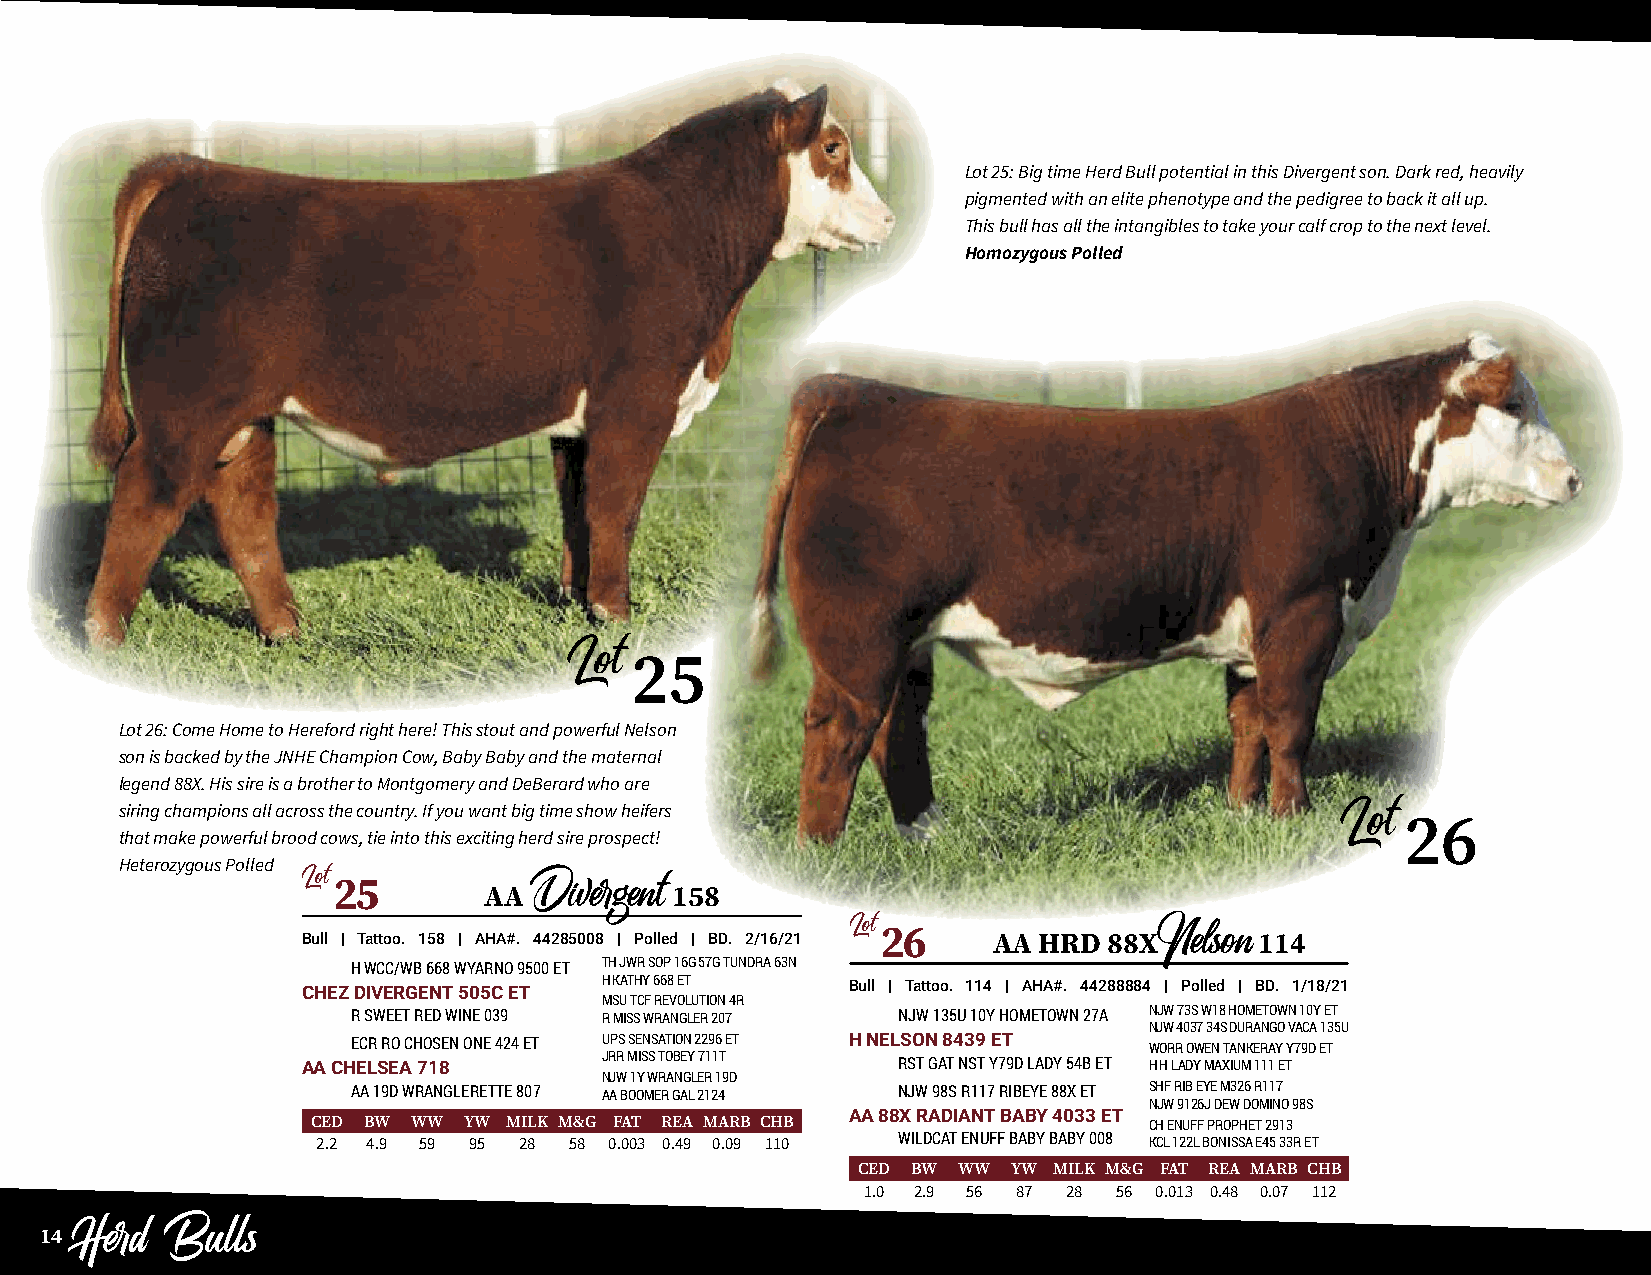
Lot 25: Big time Herd Bull potential in this Divergent son. Dark red, heavily
 pigmented with an elite phenotype and the pedigree to back it all up.
 This bull has all the intangibles to take your calf crop to the next level.
 Homozygous Polled
 25
 Lot
 Lot 26: Come Home to Hereford right here! This stout and powerful Nelson
 son is backed by the JNHE Champion Cow, Baby Baby and the maternal
 legend 88X. His sire is a brother to Montgomery and DeBerard who are
 siring champions all across the country. If you want big time show heifers
 26
 that make powerful brood cows, tie into this exciting herd sire prospect!        Lot
 Heterozygous Polled
 Lot25
 AA          158
 Divergent
 Bull | Tattoo. 158 | AHA#. 44285008 | Polled | BD. 2/16/21 Lot26 AA HRD 88X 114
 H WCC/WB 668 WYARNO 9500 ET TH JWR SOP 16G 57G TUNDRA 63N Nelson
 CHEZ DIVERGENT 505C ET H KATHY 668 ET Bull | Tattoo. 114 | AHA#. 44288884 | Polled | BD. 1/18/21
 MSU TCF REVOLUTION 4R
 R SWEET RED WINE 039 R MISS WRANGLER 207 NJW 135U 10Y HOMETOWN 27A NJW 73S W18 HOMETOWN 10Y ET
 NJW 4037 34S DURANGO VACA 135U
 ECR RO CHOSEN ONE 424 ET UPS SENSATION 2296 ET H NELSON 8439 ET WORR OWEN TANKERAY Y79D ET
 AA CHELSEA 718      JRR MISS TOBEY 711T RST GAT NST Y79D LADY 54B ET H H LADY MAXIUM 111 ET
 NJW 1Y WRANGLER 19D
 AA 19D WRANGLERETTE 807 AA BOOMER GAL 2124 NJW 98S R117 RIBEYE 88X ET SHF RIB EYE M326 R117
 NJW 9126J DEW DOMINO 98S
 AA 88X RADIANT BABY 4033 ET
 CED BW WW YW MILK M&G FAT REA MARB CHB                 CH ENUFF PROPHET 2913
 2.2 4.9 59 95 28 58 0.003 0.49 0.09 110 WILDCAT ENUFF BABY BABY 008 KCL 122L BONISSA E45 33R ET
 CED BW WW YW MILK M&G FAT REA MARB CHB
 1.0 2.9 56 87 28 56 0.013 0.48 0.07 112
 14
 Herd  Bulls